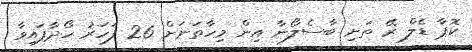
ކޮޕާ ޑެލް ރޭ ތަށި ބާސެލޯނާ އިން މިހާތަނަށް 26 ފަހަރު ހޯދާފައިވާ